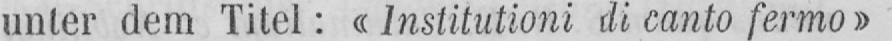
unter dem Titel: «lnstitutioni di canto fermo»